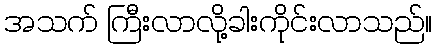
အသက် ကြီးလာလို့ခါးကိုင်းလာသည်။